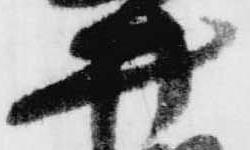
斎